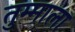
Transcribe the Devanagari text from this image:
तुम्माला